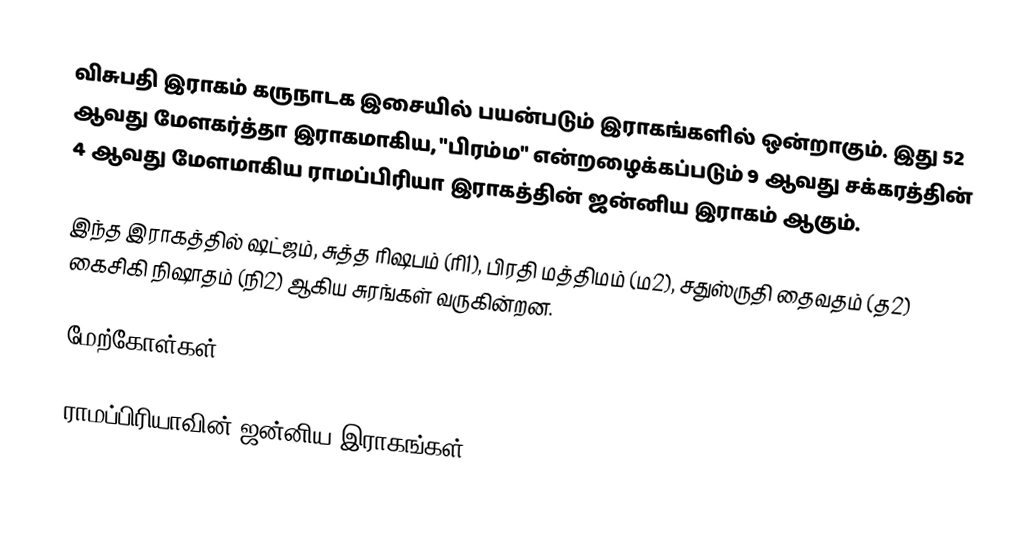
விசுபதி இராகம் கருநாடக இசையில் பயன்படும் இராகங்களில் ஒன்றாகும். இது 52 ஆவது மேளகர்த்தா இராகமாகிய, "பிரம்ம" என்றழைக்கப்படும் 9 ஆவது சக்கரத்தின் 4 ஆவது மேளமாகிய ராமப்பிரியா இராகத்தின் ஜன்னிய இராகம் ஆகும்.

இந்த இராகத்தில் ஷட்ஜம், சுத்த ரிஷபம் (ரி1), பிரதி மத்திமம் (ம2), சதுஸ்ருதி தைவதம் (த2) கைசிகி நிஷாதம் (நி2) ஆகிய சுரங்கள் வருகின்றன.

மேற்கோள்கள்

ராமப்பிரியாவின் ஜன்னிய இராகங்கள்